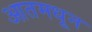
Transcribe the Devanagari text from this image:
आतमधून